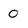
Character: 0